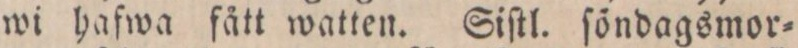
wi hafwa fått watten. Siſtl. ſöndagsmor=